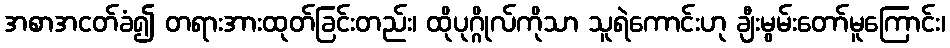
အစာအငတ်ခံ၍ တရားအားထုတ်ခြင်းတည်း၊ ထိုပုဂ္ဂိုလ်ကိုသာ သူရဲကောင်းဟု ချီးမွမ်းတော်မူကြောင်း၊